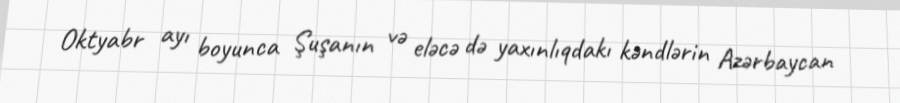
Oktyabr ayı boyunca Şuşanın və eləcə də yaxınlıqdakı kəndlərin Azərbaycan